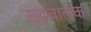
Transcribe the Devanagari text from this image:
सहचालक